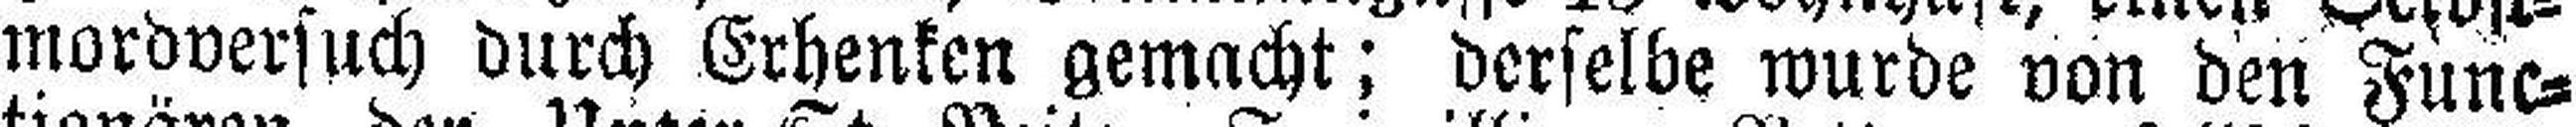
mordversuch durch Erhenken gemacht; derselbe wurde von den Func¬